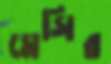
মেসির